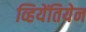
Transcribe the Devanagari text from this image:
व्हियेंतियेन